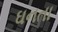
ઘનતા